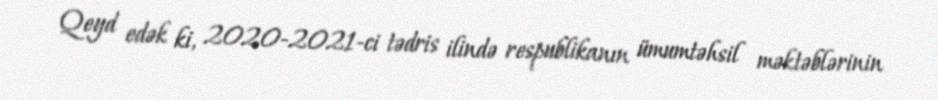
Qeyd edək ki, 2020-2021-ci tədris ilində respublikanın ümumtəhsil məktəblərinin